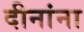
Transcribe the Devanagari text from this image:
दीनांना